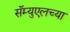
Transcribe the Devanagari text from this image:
सॅम्युएलच्या